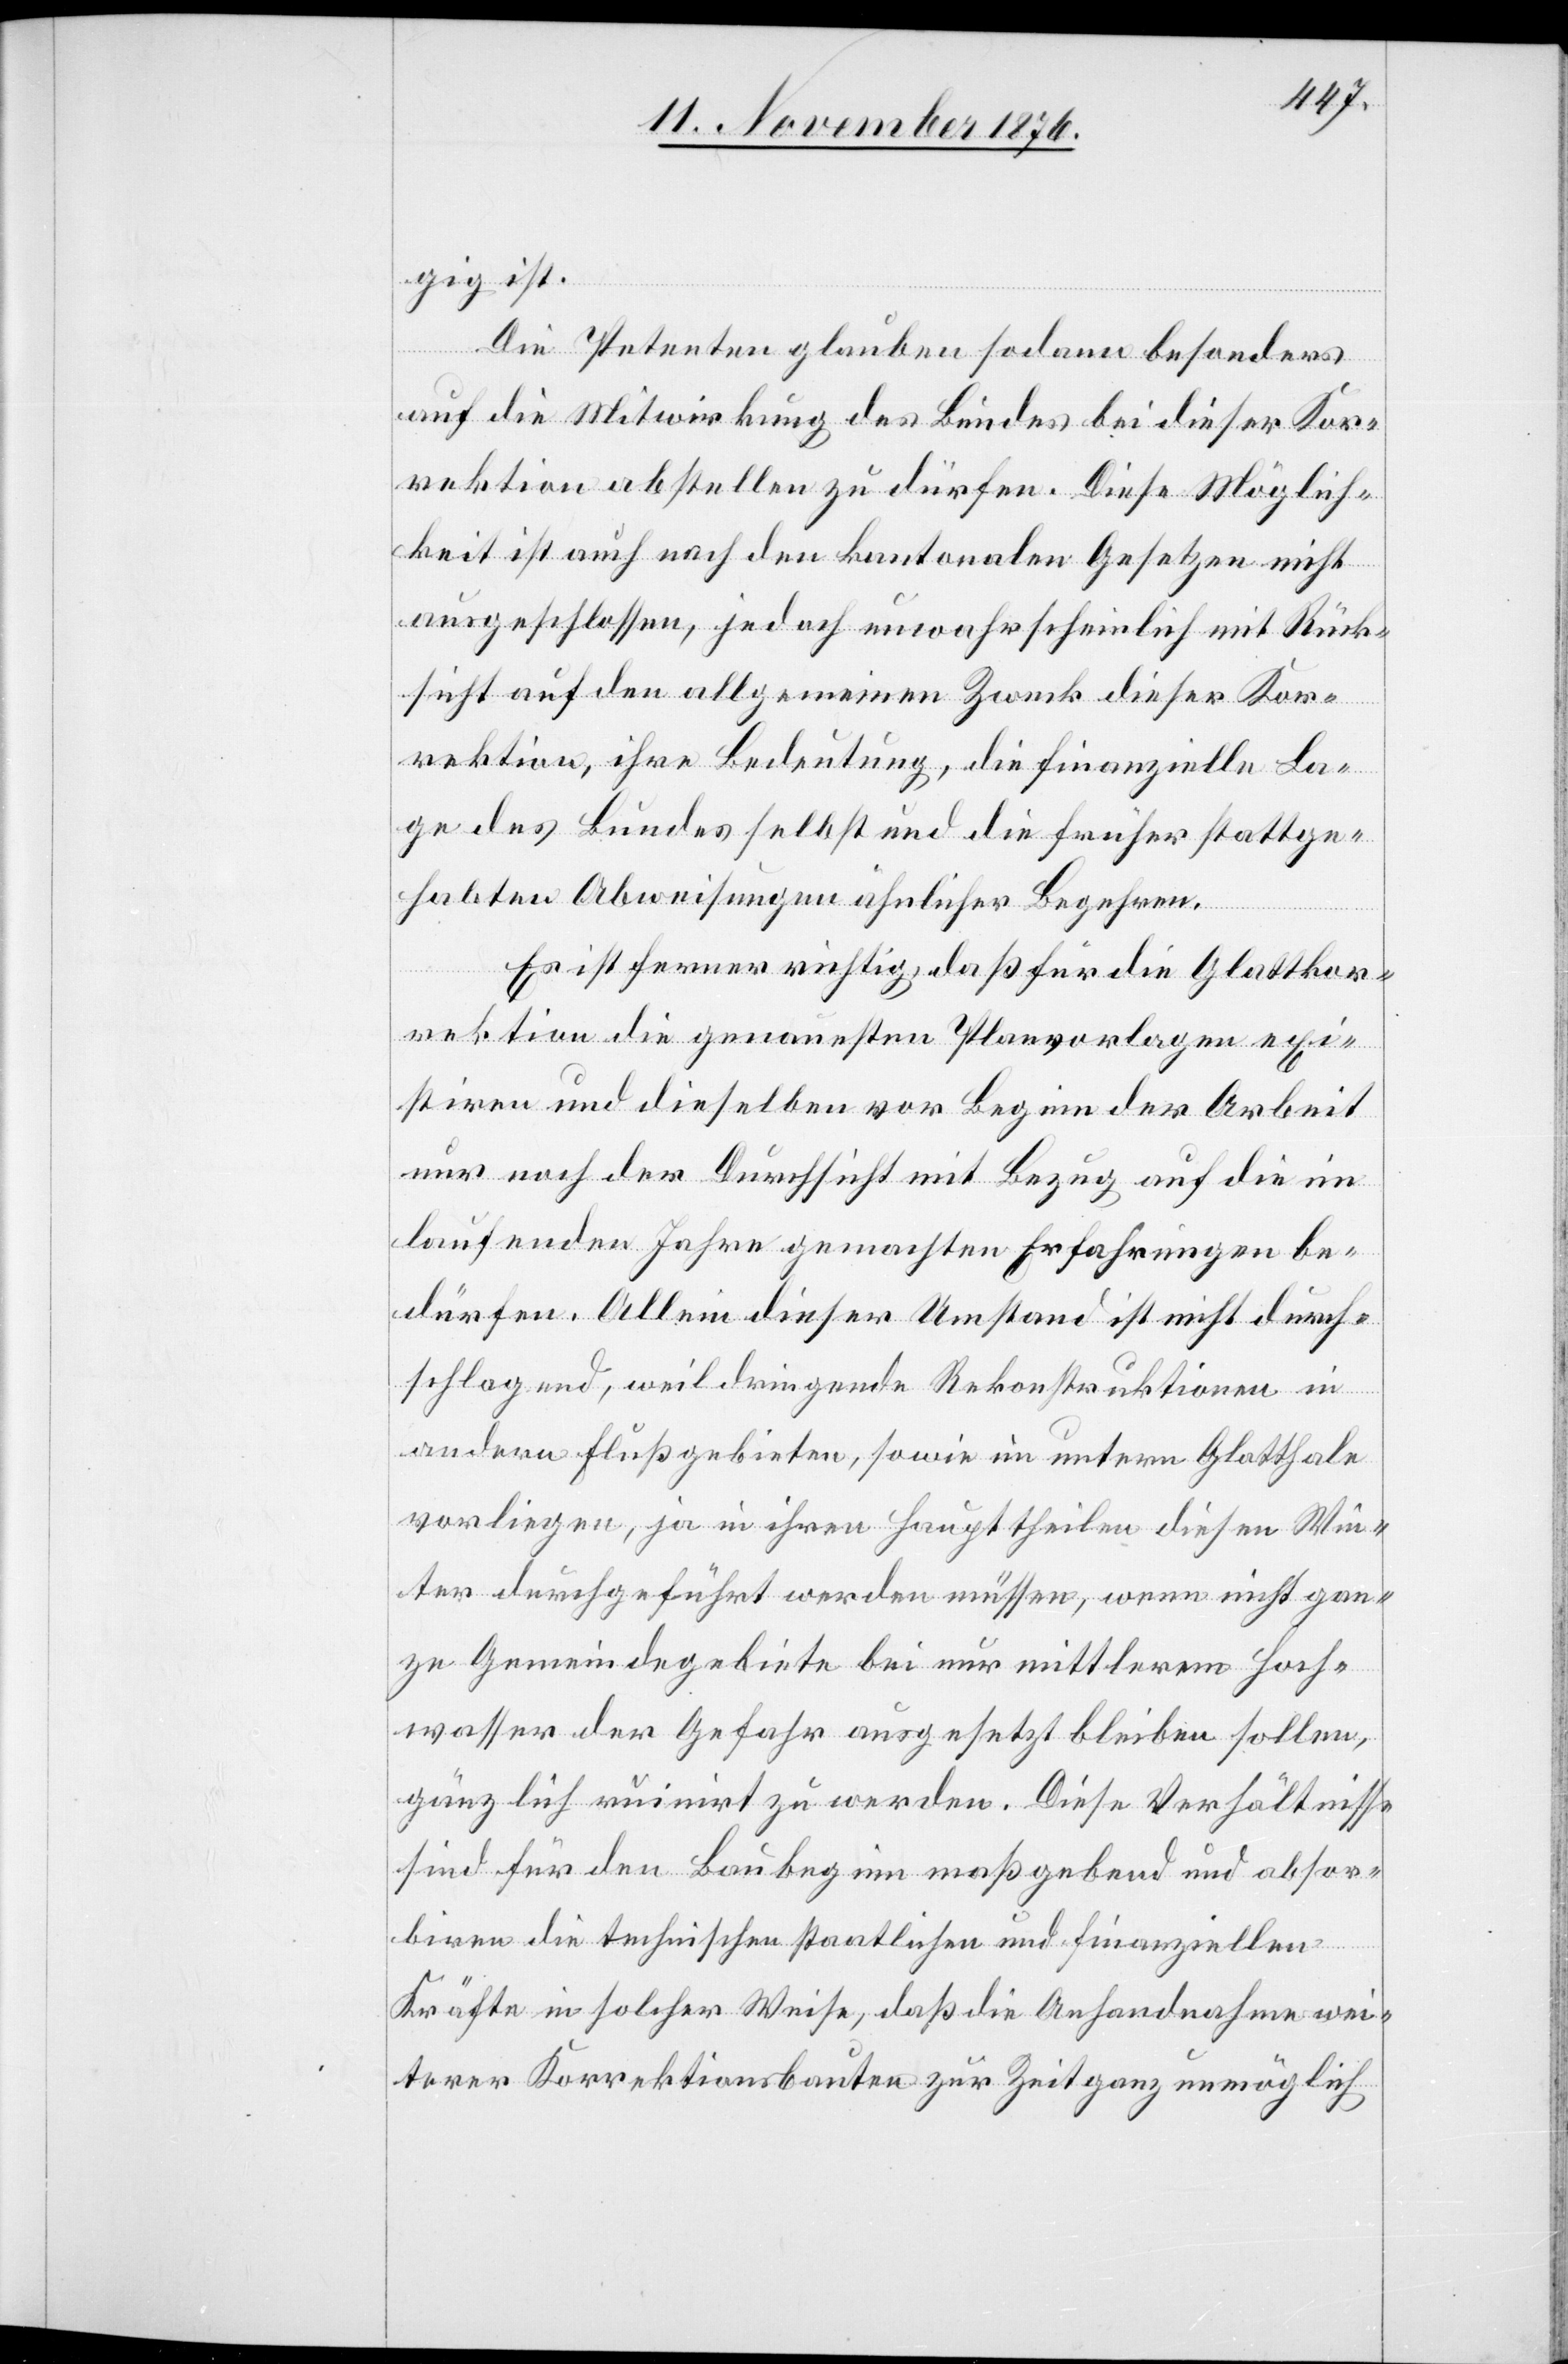
gig ist.
Die Petenten glauben sodann besonders
auf die Mitwirkung des Bundes bei dieser Kor¬
rektion abstellen zu dürfen. Diese Möglich¬
keit ist auch nach den kantonalen Gesetzen nicht
ausgeschlossen, jedoch unwahrscheinlich mit Rück¬
sicht auf den allgemeinen Zweck dieser Kor¬
rektion, ihre Bedeutung, die finanzielle La¬
ge des Bundes selbst und die früher stattge¬
habten Abweisungen ähnlicher Begehren.
Es ist ferner richtig, daß für die Glattkor¬
rektion die genauesten Planvorlagen exi¬
stiren und dieselben vor Beginn der Arbeit
nur noch der Durchsicht mit Bezug auf die im
laufenden Jahre gemachten Erfahrungen be¬
dürfen. Allein dieser Umstand ist nicht durch¬
schlagend, weil dringende Rekonstruktionen im
andern Flußgebieten, sowie im untern Glatthale
vorliegen, ja in ihren Haupttheilen diesen Win¬
ter durchgeführt werden müssen, wenn nicht gan¬
ze Gemeindegebiete bei nur mittlerem Hoch¬
wasser der Gefahr ausgesetzt bleiben sollen,
gänzlich ruinirt zu werden. Diese Verhältnisse
sind für den Baubeginn maßgebend und absor¬
biren die technischen staatlichen und finanziellen
Kräfte in solcher Weise, daß die Anhandnahme wei¬
terer Korrektionsbauten zur Zeit ganz unmöglich